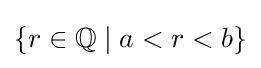
\{r\in \mathbb {Q} \mid a<r<b\}